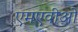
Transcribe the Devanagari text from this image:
एमएवीओ